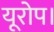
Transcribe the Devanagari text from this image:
यूरोप।